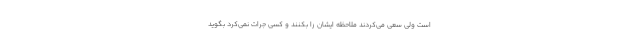
است ولی سعی می‌کردند ملاحظه ایشان را بکنند و کسی جرات نمی‌کرد بگوید